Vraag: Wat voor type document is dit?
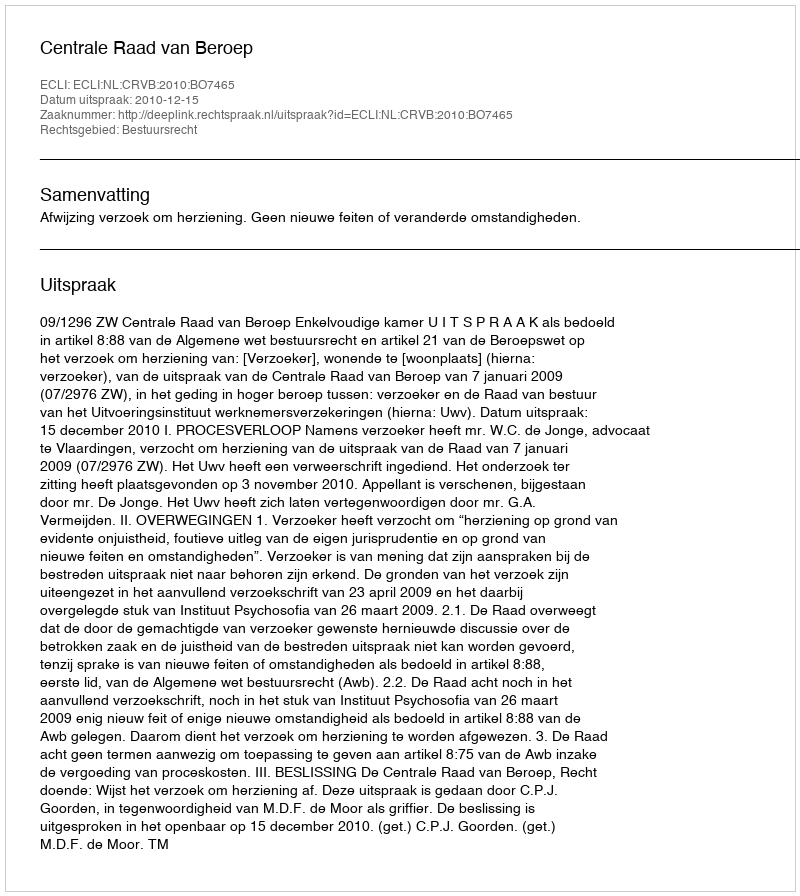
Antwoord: Uitspraak